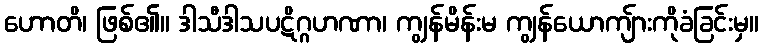
ဟောတိ၊ ဖြစ်၏။ ဒါသီဒါသပဋိဂ္ဂဟဏာ၊ ကျွန်မိန်းမ ကျွန်ယောကျ်ားကိုခံခြင်းမှ။